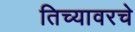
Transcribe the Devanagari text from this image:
तिच्यावरचे